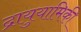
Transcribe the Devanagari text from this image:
द्रायुयामिकी